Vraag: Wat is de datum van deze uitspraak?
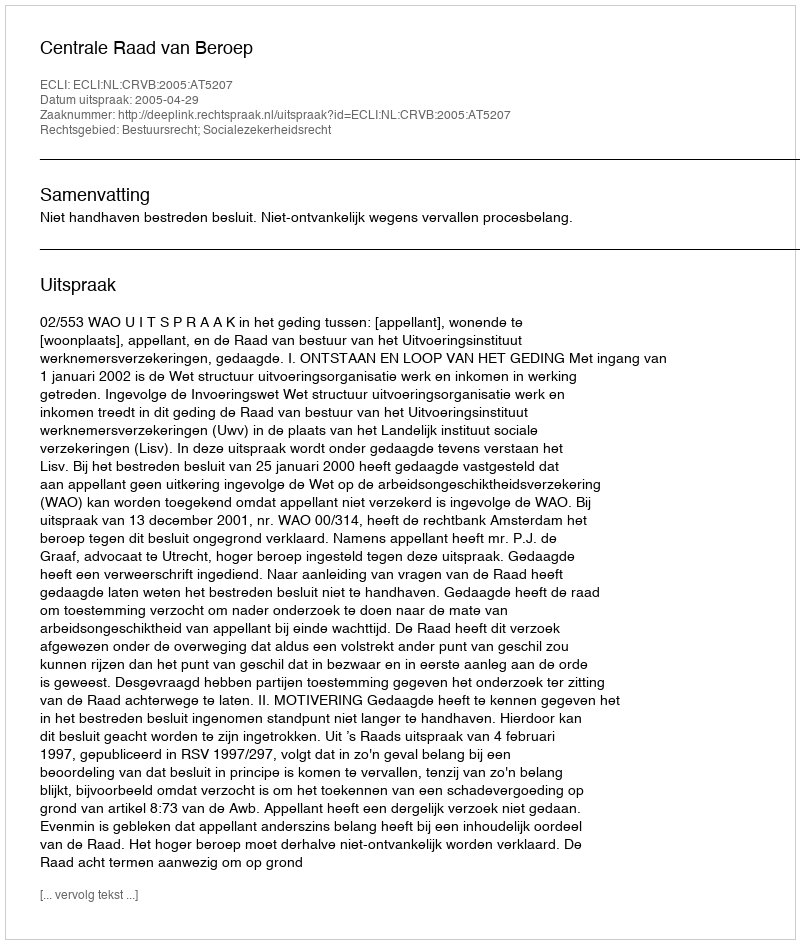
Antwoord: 2005-04-29